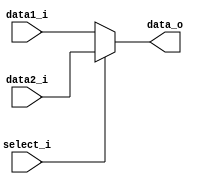
module MUX32(
    data1_i, 	// 32 bits
    data2_i, 	// 32 bits
    select_i,	// 1 bit
    data_o  	// 32 bits
);

// Ports
input 	[31:0] 		data1_i;
input 	[31:0] 		data2_i;
input 				select_i;
output 	[31:0] 		data_o;

assign data_o = (select_i == 0) ? $signed(data1_i):$signed(data2_i);

endmodule